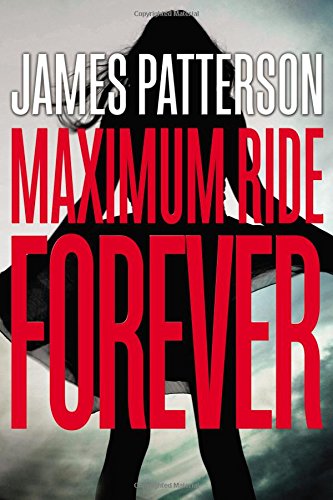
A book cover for Maximum Ride Forever; James Patterson; Teen & Young Adult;